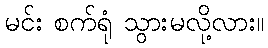
မင်း စက်ရုံ သွားမလို့လား။